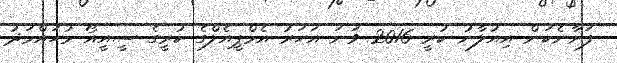
ފަށާނެކަން އިއުލާނު ކުރީ 2016 ވަނަ އަހަރު އެމްޕީއެލްގެ ކުރީގެ ސީއީއޯ މުހައްމަދު